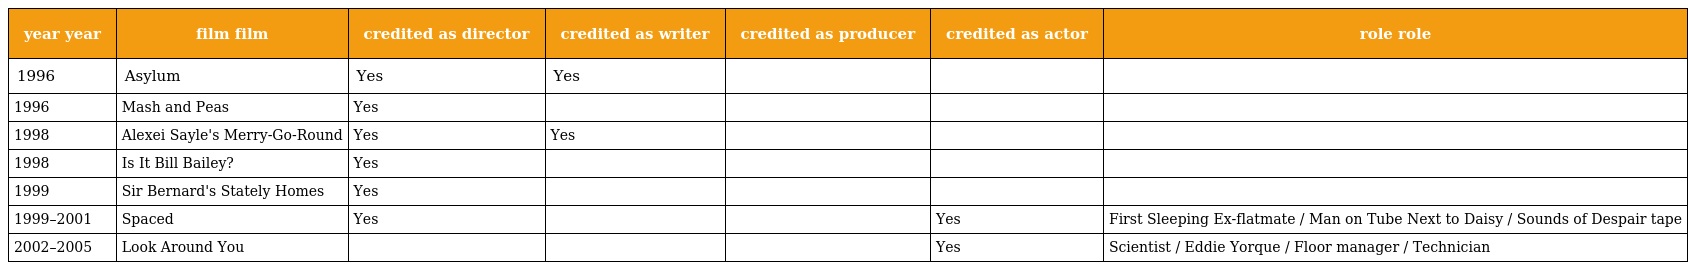
| year year | film film | credited as director | credited as writer | credited as producer | credited as actor | role role |
 | --- | --- | --- | --- | --- | --- | --- |
 | 1996 | Asylum | Yes | Yes |  |  |  |
 | 1996 | Mash and Peas | Yes |  |  |  |  |
 | 1998 | Alexei Sayle's Merry-Go-Round | Yes | Yes |  |  |  |
 | 1998 | Is It Bill Bailey? | Yes |  |  |  |  |
 | 1999 | Sir Bernard's Stately Homes | Yes |  |  |  |  |
 | 1999–2001 | Spaced | Yes |  |  | Yes | First Sleeping Ex-flatmate / Man on Tube Next to Daisy / Sounds of Despair tape |
 | 2002–2005 | Look Around You |  |  |  | Yes | Scientist / Eddie Yorque / Floor manager / Technician |